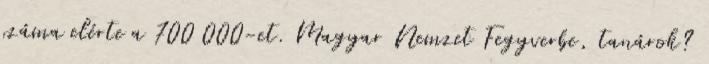
száma elérte a 700 000-et. Magyar Nemzet Fegyverbe, tanárok?